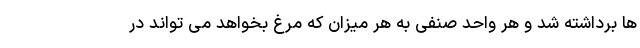
ها برداشته شد و هر واحد صنفی به هر میزان که مرغ بخواهد می تواند در